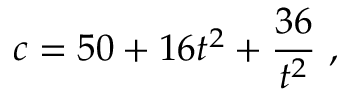
c = 5 0 + 1 6 t ^ { 2 } + { \frac { 3 6 } { t ^ { 2 } } } \ ,